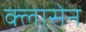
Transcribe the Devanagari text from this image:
क्लासेन